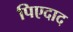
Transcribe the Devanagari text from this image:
पिएदाद